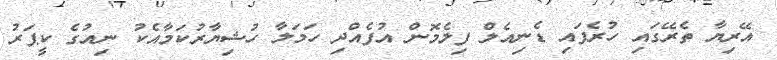
އޭރިޔާ ތެރޭގައި ހުރެފައި ޑެނިއެލް ފިލެމޮން އުފެއްދި ހަމަލާ ހުޝިޔާރުކަމާއެކު ނިއުގެ ކީޕަރު